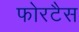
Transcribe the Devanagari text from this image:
फोरटैस